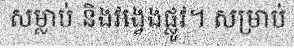
សម្លាប់ និងវង្វេងផ្លូវ។ សម្រាប់